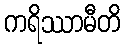
ကရိဿာမီတိ